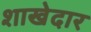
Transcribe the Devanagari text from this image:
शाखेदार